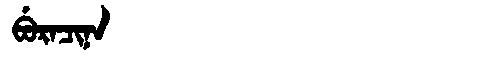
Manchu: ᠪᡠᡵᠠᠴᡳᠨᠠ
Romanization: BURACINA